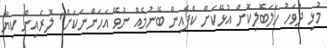
މުޅި ދުވަހު ހަލަބޮލިކޮށް އުޅޭކަށް ކެފެއިން ބޭނުމެއް ނުވޭ އަހަންނަކަށް" ލޮރެއިން ކިޔާ